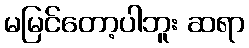
မမြင်တော့ပါဘူး ဆရာ